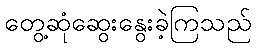
တွေ့ဆုံဆွေးနွေးခဲ့ကြသည်